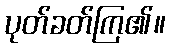
ပုတ်ခတ်ကြ၏။